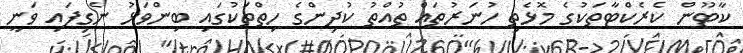
ކާޓޫން ކެރެކްޓާތަކުގެ މޮޅެތި ހުނަރުތައް ތުއްތު ކުދިންގެ ހިތްތަކުގައި ބިންވަޅު ނެގިފައި ވަނީ